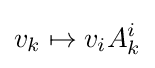
v_{k}\mapsto v_{i}A_{k}^{i}